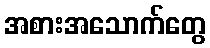
အစားအသောက်တွေ